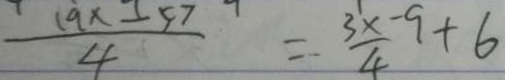
\frac { 1 9 x - 5 7 } { 4 } = \frac { 3 x - 9 + 6 } { 4 }